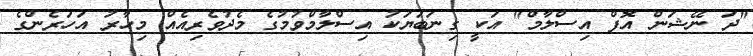
"ދަ ނޭޝަން އޮފް އިސްލާމް" އަކީ ގިނަބަޔަކު އިސްލާމްވުމުގެ މެދުވެރިއެއް މިހާރު އަހަރެންގެ